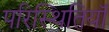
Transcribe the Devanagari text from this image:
परिस्थितियॉं